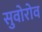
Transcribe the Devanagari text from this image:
सुवोरोव